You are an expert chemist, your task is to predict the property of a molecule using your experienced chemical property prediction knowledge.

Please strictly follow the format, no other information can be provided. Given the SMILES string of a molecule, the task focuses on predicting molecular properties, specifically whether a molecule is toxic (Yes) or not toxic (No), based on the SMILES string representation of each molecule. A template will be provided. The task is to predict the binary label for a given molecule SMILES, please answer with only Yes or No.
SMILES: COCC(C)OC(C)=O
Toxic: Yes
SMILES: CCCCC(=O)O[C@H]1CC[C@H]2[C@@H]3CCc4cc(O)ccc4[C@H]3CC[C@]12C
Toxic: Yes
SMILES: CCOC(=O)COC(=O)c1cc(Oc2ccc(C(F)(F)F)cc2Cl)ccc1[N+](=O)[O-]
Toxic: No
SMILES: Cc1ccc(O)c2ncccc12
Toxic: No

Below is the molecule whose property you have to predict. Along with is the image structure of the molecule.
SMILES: Cc1cc(C(C#N)c2ccc(Cl)cc2)c(Cl)cc1NC(=O)c1cc(I)cc(I)c1O
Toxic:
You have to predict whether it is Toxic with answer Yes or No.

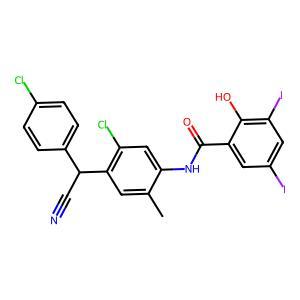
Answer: No